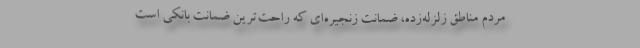
مردم مناطق زلزله‌زده، ضمانت زنجیره‌ای که راحت‌ترین ضمانت بانکی است